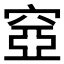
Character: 𥦳